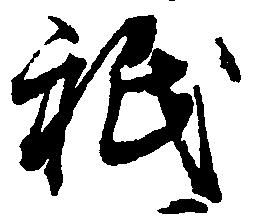
祇